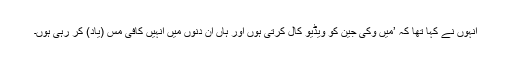
انہوں نے کہا تھا کہ ’میں وکی جین کو ویڈیو کال کرتی ہوں اور ہاں ان دنوں میں انہیں کافی مس (یاد) کر رہی ہوں۔